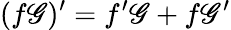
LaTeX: (f\mathscr{G})^{\prime}=f^{\prime}\mathscr{G}+f\mathscr{G}^{\prime}